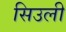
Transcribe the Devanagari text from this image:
सिउली